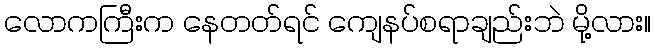
လောကကြီးက နေတတ်ရင် ကျေနပ်စရာချည်းဘဲ မို့လား။